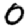
Digit: 0